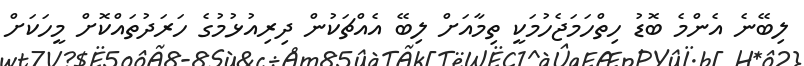
ލިބޭނެ އެންމެ ބޮޑު ހިތްހަމަޖެހުމަކީ ތިމާއަށް ލިބޭ އެއްޗަކުން ދިރިއުޅުމުގެ ހަރަދުތައްކޮށް މީހަކަށް